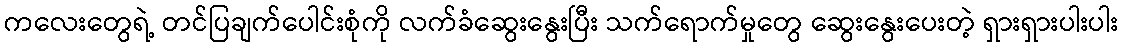
ကလေးတွေရဲ့ တင်ပြချက်ပေါင်းစုံကို လက်ခံဆွေးနွေးပြီး သက်ရောက်မှုတွေ ဆွေးနွေးပေးတဲ့ ရှားရှားပါးပါး